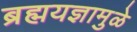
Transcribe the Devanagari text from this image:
ब्रह्मयज्ञामुळे